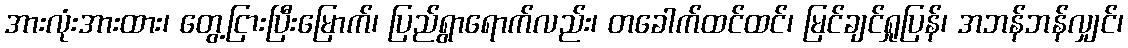
အားလုံးအားထား၊ တွေ့ငြားပြီးမြောက်၊ ပြည်ရွာရောက်လည်း၊ တခေါက်ထင်ထင်၊ မြင်ချင်ရှုပြန်၊ အဘန်ဘန်လျှင်၊